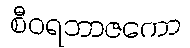
စီဝရဘာဇကော